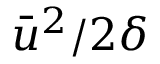
\bar { u } ^ { 2 } / 2 \delta